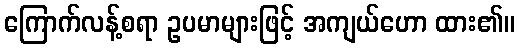
ကြောက်လန့်စရာ ဥပမာများဖြင့် အကျယ်ဟော ထား၏။